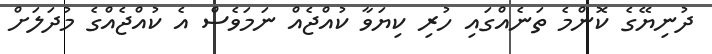
ދުނިޔޭގެ ކޮންމެ ތަނެއްގައި ހުރި ކިޔަވާ ކުއްޖެއް ނަމަވެސް އެ ކުއްޖެއްގެ މުދަލަށް